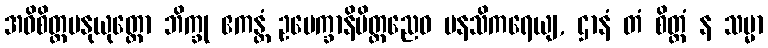
အဓိစိတ္တမနုယုတ္တော ဘိက္ခု ဧကန္တံ ဥပေက္ခာနိမိတ္တညေဝ မနသိကရေယျ, ဌာနံ တံ စိတ္တံ န သမ္မာ